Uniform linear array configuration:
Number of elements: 24
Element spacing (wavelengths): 0.75
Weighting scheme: exponential
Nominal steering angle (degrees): -45
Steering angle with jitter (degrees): -45.342
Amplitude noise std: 0.05
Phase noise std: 0.05

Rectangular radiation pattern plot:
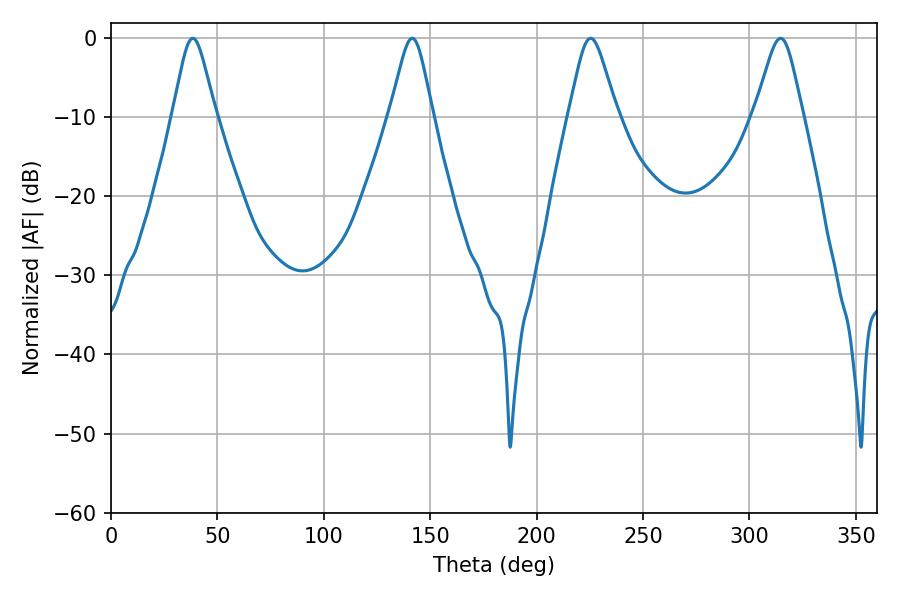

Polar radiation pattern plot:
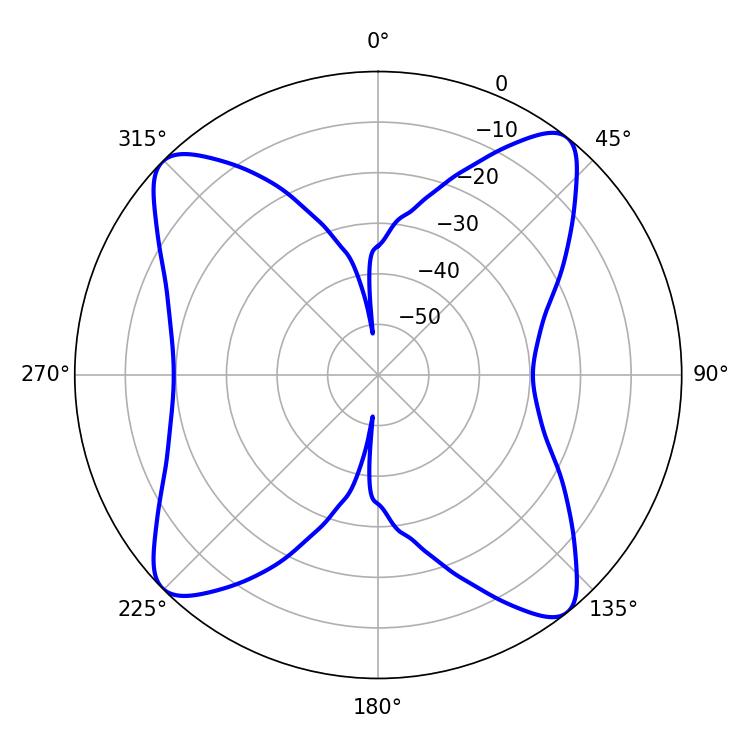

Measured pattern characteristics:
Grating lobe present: TRUE
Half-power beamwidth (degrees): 10.98
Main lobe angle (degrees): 225.36